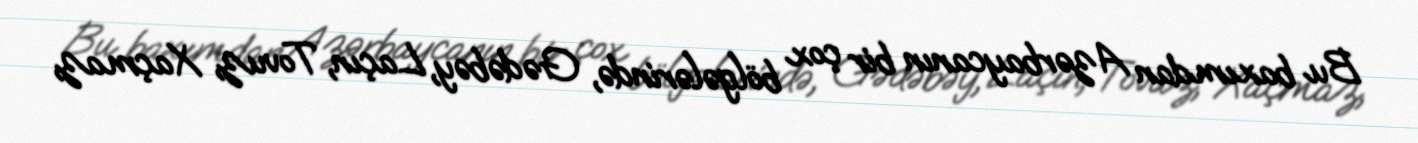
Bu baxımdan Azərbaycanın bir çox bölgələrində, Gədəbəy, Laçın, Tovuz, Xaçmaz,